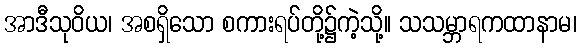
အာဒီသုဝိယ၊ အစရှိသော စကားရပ်တို့၌ကဲ့သို့။ သသမ္ဘာရကထာနာမ၊